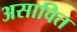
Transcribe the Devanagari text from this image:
असावित